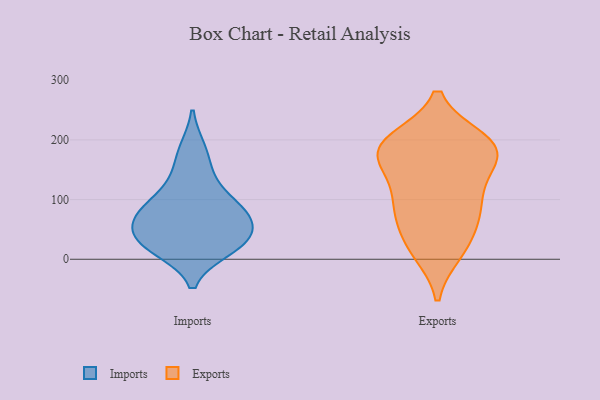
{"axis": {"x": "Energy Usage (MWh)", "y": "Value"}, "legend": ["Exports", "Imports"], "data": [{"x": "", "y": 42, "type": "Imports"}, {"x": "", "y": 24, "type": "Imports"}, {"x": "", "y": 184, "type": "Imports"}, {"x": "", "y": 80, "type": "Imports"}, {"x": "", "y": 50, "type": "Imports"}, {"x": "", "y": 17, "type": "Imports"}, {"x": "", "y": 25, "type": "Imports"}, {"x": "", "y": 73, "type": "Imports"}, {"x": "", "y": 102, "type": "Imports"}, {"x": "", "y": 142, "type": "Imports"}, {"x": "", "y": 80, "type": "Imports"}, {"x": "", "y": 94, "type": "Exports"}, {"x": "", "y": 200, "type": "Exports"}, {"x": "", "y": 196, "type": "Exports"}, {"x": "", "y": 188, "type": "Exports"}, {"x": "", "y": 190, "type": "Exports"}, {"x": "", "y": 143, "type": "Exports"}, {"x": "", "y": 74, "type": "Exports"}, {"x": "", "y": 14, "type": "Exports"}, {"x": "", "y": 197, "type": "Exports"}, {"x": "", "y": 181, "type": "Exports"}, {"x": "", "y": 113, "type": "Exports"}, {"x": "", "y": 67, "type": "Exports"}, {"x": "", "y": 89, "type": "Exports"}, {"x": "", "y": 32, "type": "Exports"}, {"x": "", "y": 166, "type": "Exports"}, {"x": "", "y": 12, "type": "Exports"}, {"x": "", "y": 161, "type": "Exports"}]}